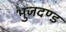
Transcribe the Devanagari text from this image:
भुजदण्ड